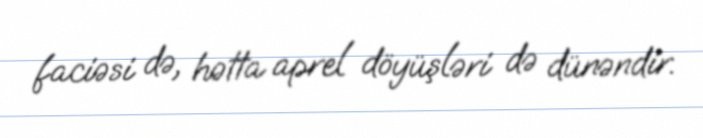
faciəsi də, hətta aprel döyüşləri də dünəndir.